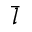
\bar { \boldsymbol { l } }